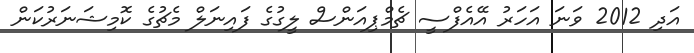
އަދި 2012 ވަނަ އަހަރު އޭއެފްސީ ޗެމްޕިއަންސް ލީގުގެ ފައިނަލް މެޗުގެ ކޮމިޝަނަރުކަން